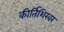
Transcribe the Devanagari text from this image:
कीर्तिशिखर